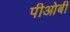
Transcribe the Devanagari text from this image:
पीओबी